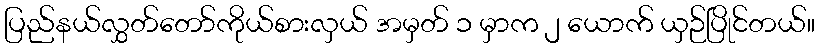
ပြည်နယ်လွှတ်တော်ကိုယ်စားလှယ် အမှတ် ၁ မှာက ၂ ယောက် ယှဉ်ပြိုင်တယ်။